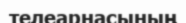
телеарнасының